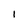
Character: 1